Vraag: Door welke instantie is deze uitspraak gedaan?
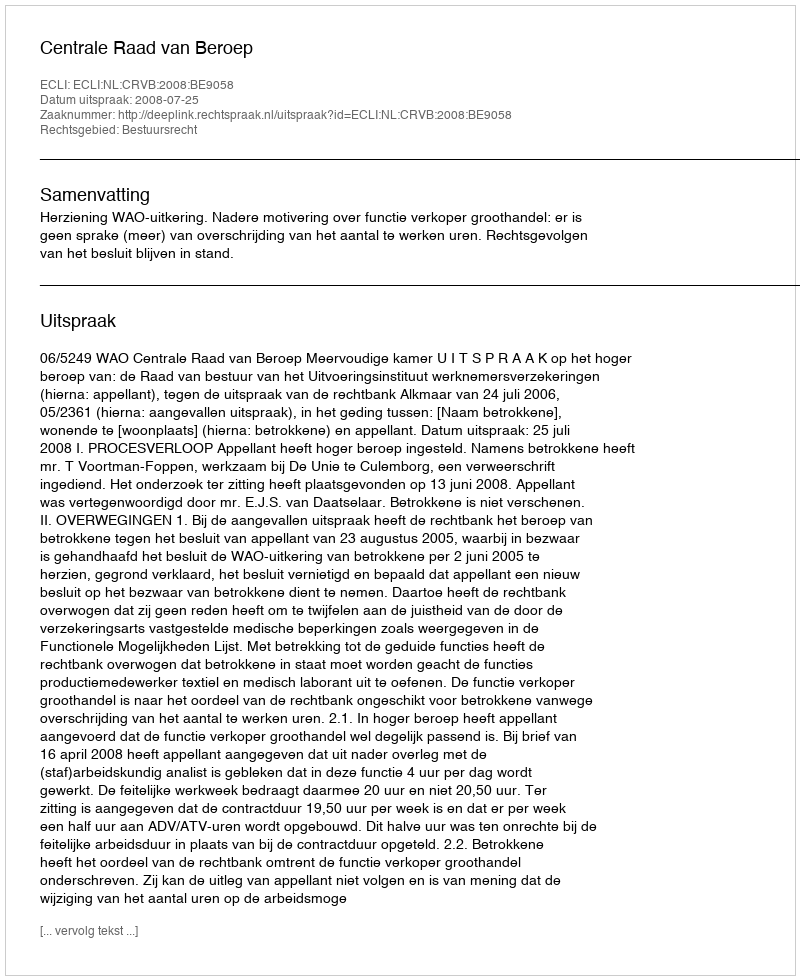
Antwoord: Centrale Raad van Beroep